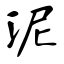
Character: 泥